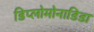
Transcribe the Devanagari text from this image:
डिप्लोमोनाडिडा